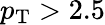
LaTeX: p_{\mathrm{T}}>2.5